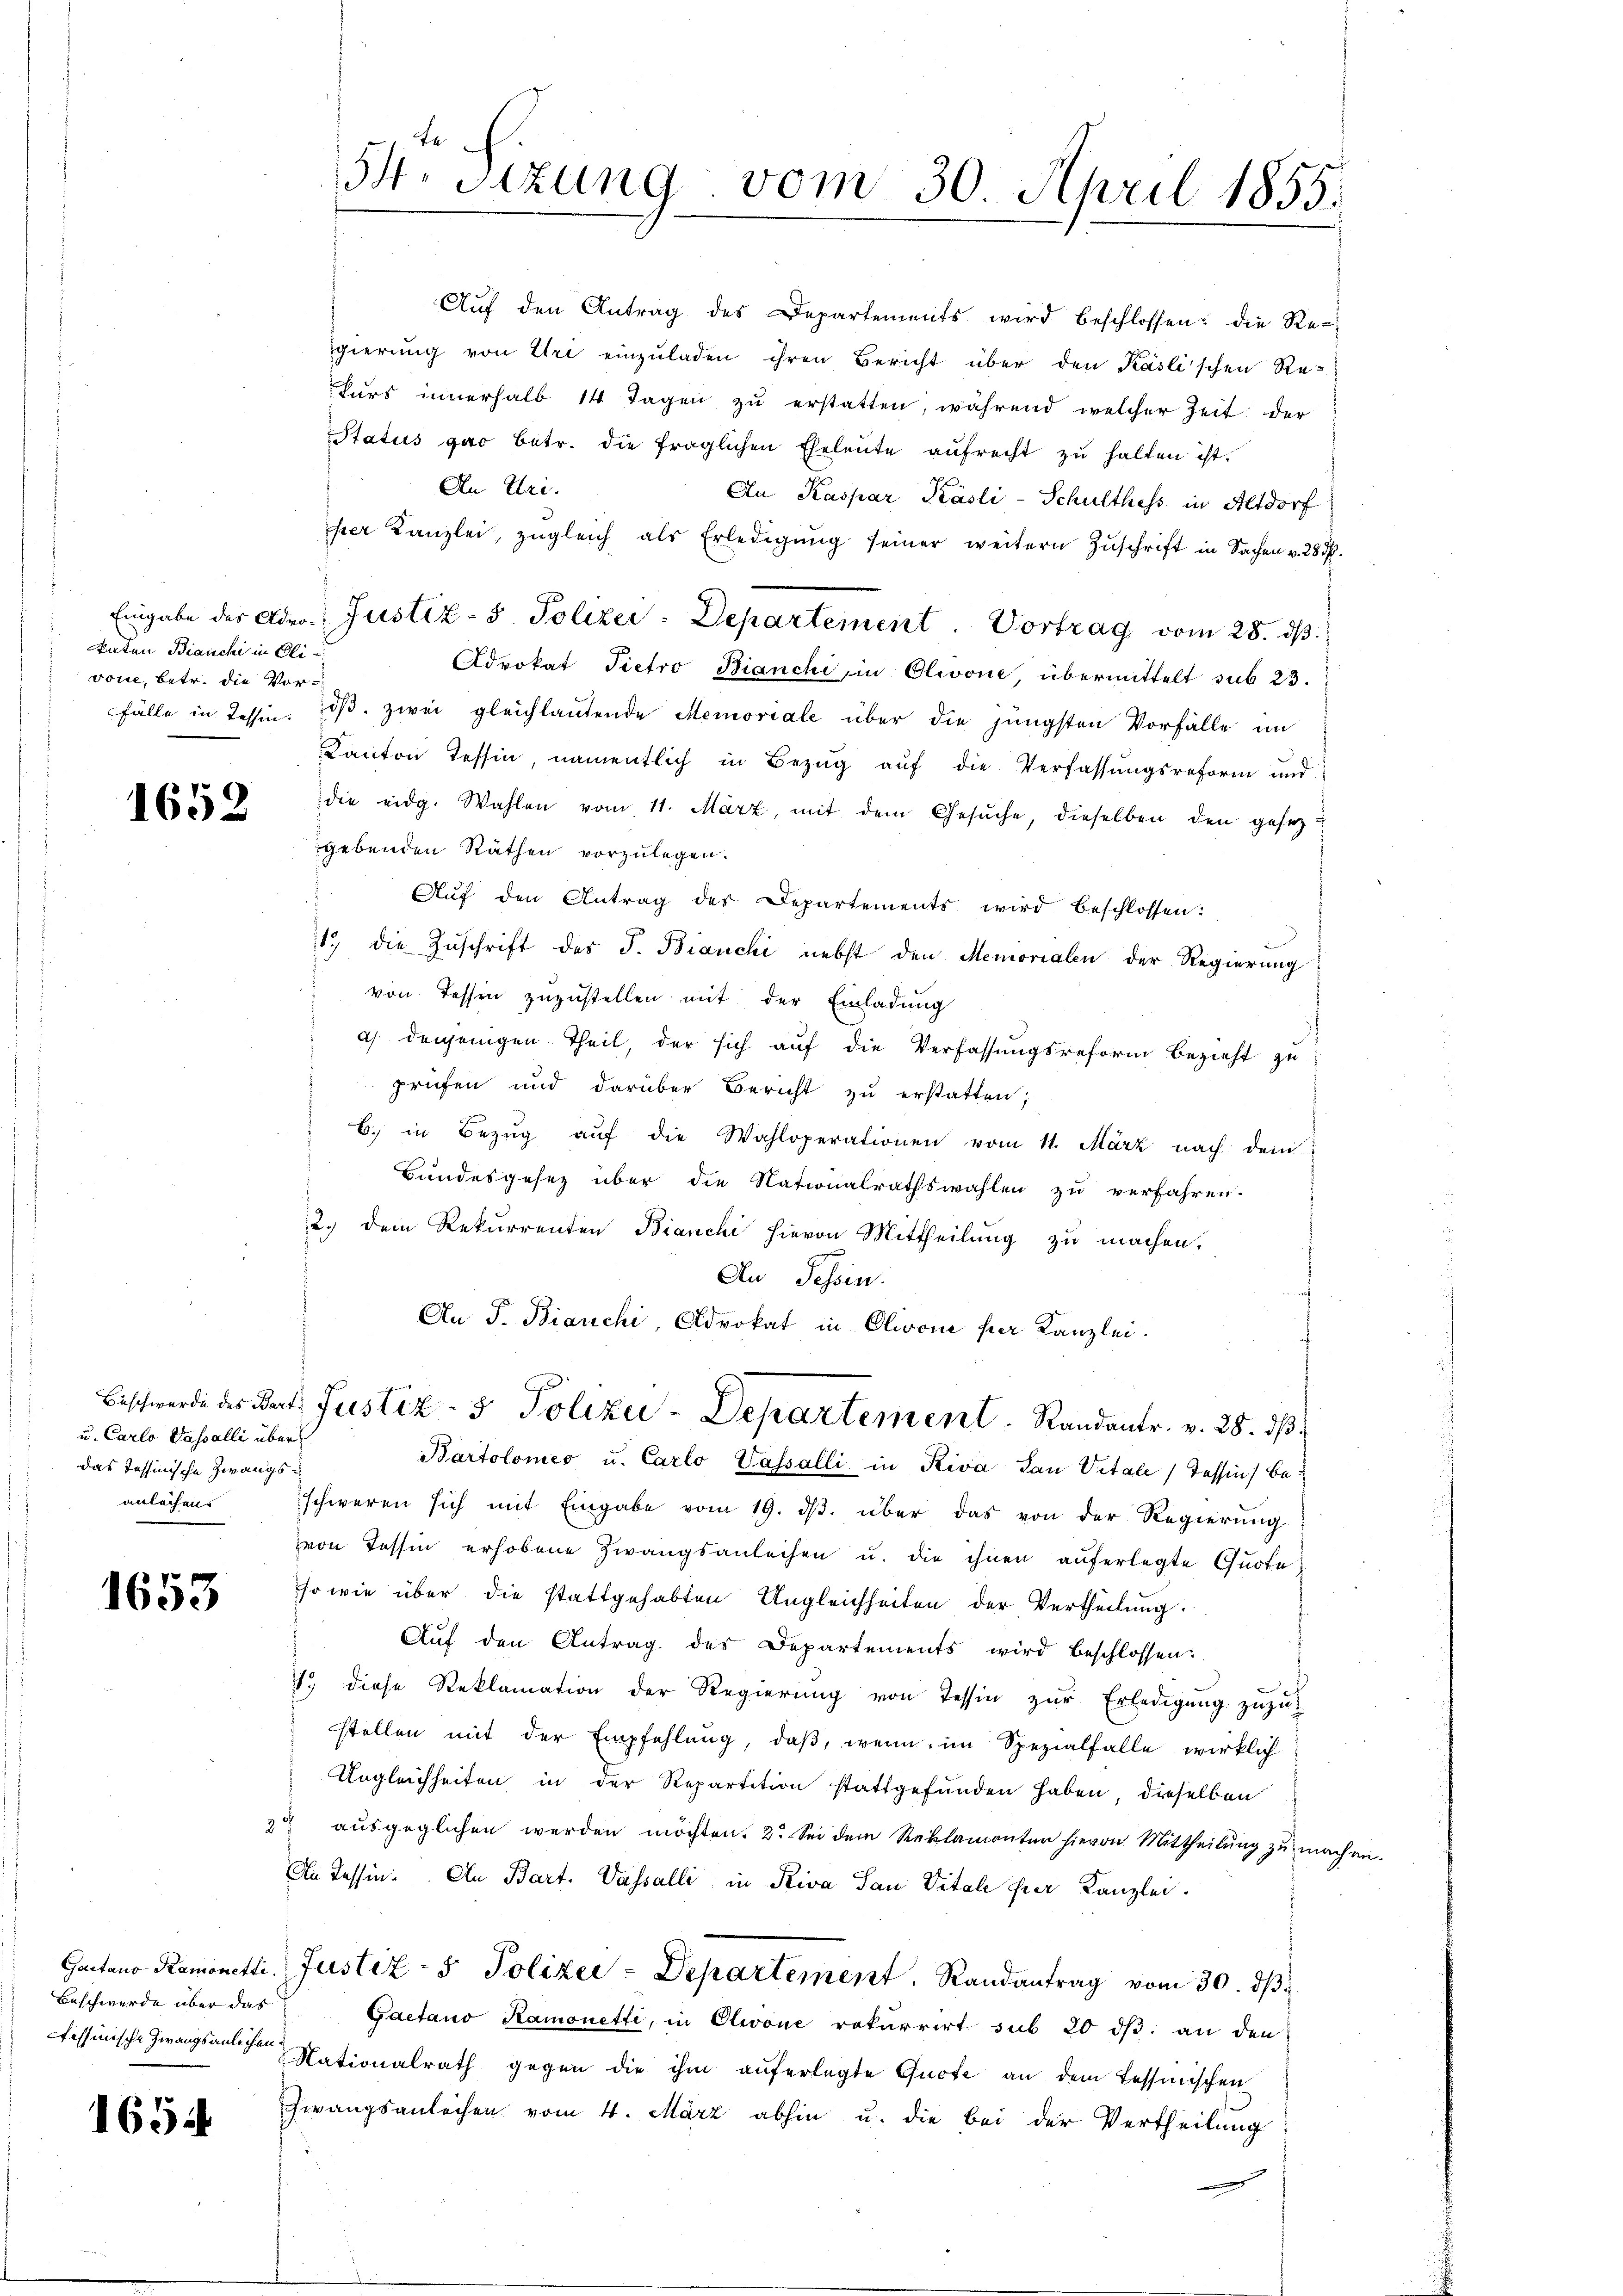
katen Bianchi in Elivone, betr. die Vor¬

u. Carlo Passalli über
das Tessinische Zwangsanlachen.

1653

1654

1652

kurs innerhalb 14 Tagen zŭ erstatten, während welcher Zeit der
Status gar betr. die fraglichen Eheleute aŭfrecht zŭ halten ist.
An Uri.
per Kanzlei, zugleich als Erledigŭng seiner weitern Zŭschrift in Sachen v. 283.
Advokat Pietro Bianchi in Olivone, übermittelt sub 23.
fälle in Tessin. dβ. zwei gleichlautende Memoriale über die jüngsten Vorfälle im
Kanton Tessin, namentlich in Bezug auf die Verfassungsreform und
die eidg. Wahlen vom 11. März, mit dem Gesŭche, dieselben den gesezgebenden Räthen vorzulegen.
Aŭf den Antrag der Departements wird beschlossen:
11 die Zŭschrift des J. Bianchi nebst den Memorialen der Regierung
von Tessen zuzustellen mit der Einladung
a) denjenigen Theil, der sich aŭf die Verfassungsreform bezieht zu
prüfen und darüber Bericht zu erstatten;
6. in Bezŭg aŭf die Wahloperationen vom 11. März nach dem
Bundesgesez über die Nationalrathswahlen zu verfahren.
2.) dem Rekurrenten Bianchi hievon Mittheilung zu machen,
Au Tessin.
An P. Bianchi, Advokat in Olivone per Kanzlei.

54. Sitzung vom 30. April 1855.

Eingabe des Ader Justiz- & Polizei-Departement. Vortrag vom 28. ds.

Beschwerde des Fact. Justiz- & Polizei-Departement. Randantr. v. 28. dβ
Bartolomes u. Carlo Vassalli in Riva San Vitale Tessin, be¬

Aŭf den Antrag des Departements wird beschlossen: die Regierŭng von Uri einzŭladen ihren Bericht über den Käslischen Re-
An Kaspar Käsli-Schulthess in Altdorf

schweren sich mit Eingabe vom 19. dβ über das von der Regierŭng
von Tessin erhobene Zwangsanleihen u. die ihnen auferlegte Quote
so wie über die stattgehabten Ungleichheiten der Vertheilung.
Aŭf den Antrag der Departements wird beschlossen:
1. diese Reklamation der Regierŭng von Tessin zŭr Erledigŭng zŭzŭ
stellen mit der Empfehlŭng, daß, wenn im Spezialfalle wirklich
Ungleichheiten in der Repartition stattgefunden haben, dieselben
2
ausgeglichen werden möchten. 2. Sei dem Reklamanten hievon Mittheilŭng zŭ machen
An Tessin. An Bart. Vasalli in Riva San Vitale hier Kanzlei.
Gantano Ramonetti, Justiz- & Polizei - Departement. Randantrag vom 30. dβ.
Beschwerde über das Gaetano Ramonetti, in Olivone rekurrirt sub 20 dß an den
tessinische Zwangsanlagen Nationalrath gegen die ihm auferlegte Quote an dem Tessinischen
Zwangsanlechen vom 4. März abhin u. die bei der Vertheilung